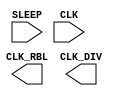
`timescale 1ns/1ps

module rbl
#(parameter CK_PERIOD = 2)
(
	input  SLEEP,
	output CLK_RBL,
	output CLK_DIV,
	input  CLK
);
reg ck;
initial begin
	ck = 0;
end
always #(CK_PERIOD/2) ck = ~ck;
assign CLK_RBL = ck;
endmodule